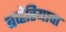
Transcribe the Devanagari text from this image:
बव्हेरियाचा